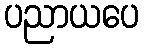
ပညာယပေ